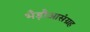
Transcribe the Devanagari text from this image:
भँड़ौआसंग्रह